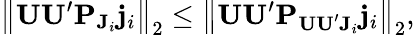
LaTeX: \big\| \mathbf{UU}^{\prime}\mathbf{P}_{\mathbf{J}_{i}}\mathbf{j}_{i}\big\| _{2}\leq\big\| \mathbf{UU}^{\prime}\mathbf{P}_{\mathbf{UU}^{\prime}\mathbf{J}_{i}}\mathbf{j}_{i}\big\| _{2},